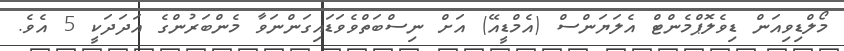
މޯލްޑިވިއަން ޑިވެލޮޕްމެންޓް އެލަޔަންސް (އެމްޑީއޭ) އަށް ނިސްބަތްވެވަޑައިގަންނަވާ މެންބަރުންގެ އަދަދަކީ 5 އެވެ.